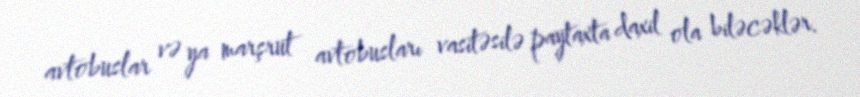
avtobuslar və ya marşrut avtobusları vasitəsilə paytaxta daxil ola biləcəklər.